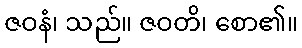
ဇဝနံ၊ သည်။ ဇဝတိ၊ စော၏။